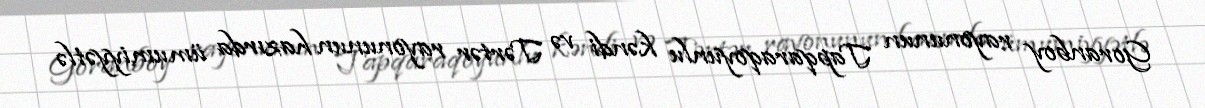
Goranboy rayonunun Tapqaraqoyunlu kəndi və Tərtər rayonunun hazırda ümumiyyətlə